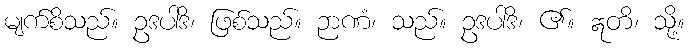
မျက်စိသည်။ ဥဒပါဒိ၊ ဖြစ်သည်။ ဉာဏံ၊ သည်။ ဥဒပါဒိ၊ ၏။ ဣတိ၊ သို့။